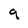
Character: 9